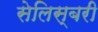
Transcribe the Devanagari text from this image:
सेलिस्बरी